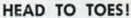
HEAD TO TOES!